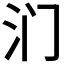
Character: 𰛉